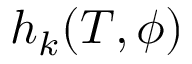
h _ { k } ( T , \phi )